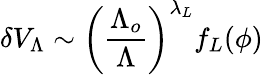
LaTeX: \delta V_{\Lambda}\sim\left(\frac{\Lambda_{o}}{\Lambda}\right)^{\lambda_{L}}f_{L}(\phi)